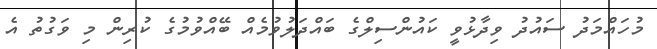
މުހައްމަދު ސައުދު ވިދާޅުވީ ކައުންސިލްގެ ބައްދަލުވުމެއް ބޭއްވުމުގެ ކުރިން މި ވަގުތު އެ